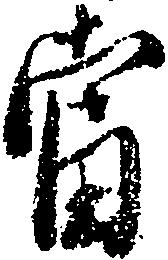
当